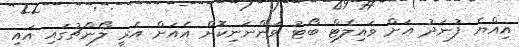
އިއްޔެ ފުނަދު އަށް ވައިލެޓް ބޯޓު ވަންނަނިކޮށް އެއަށް އެރީ ލޯންޗުގައި އައި